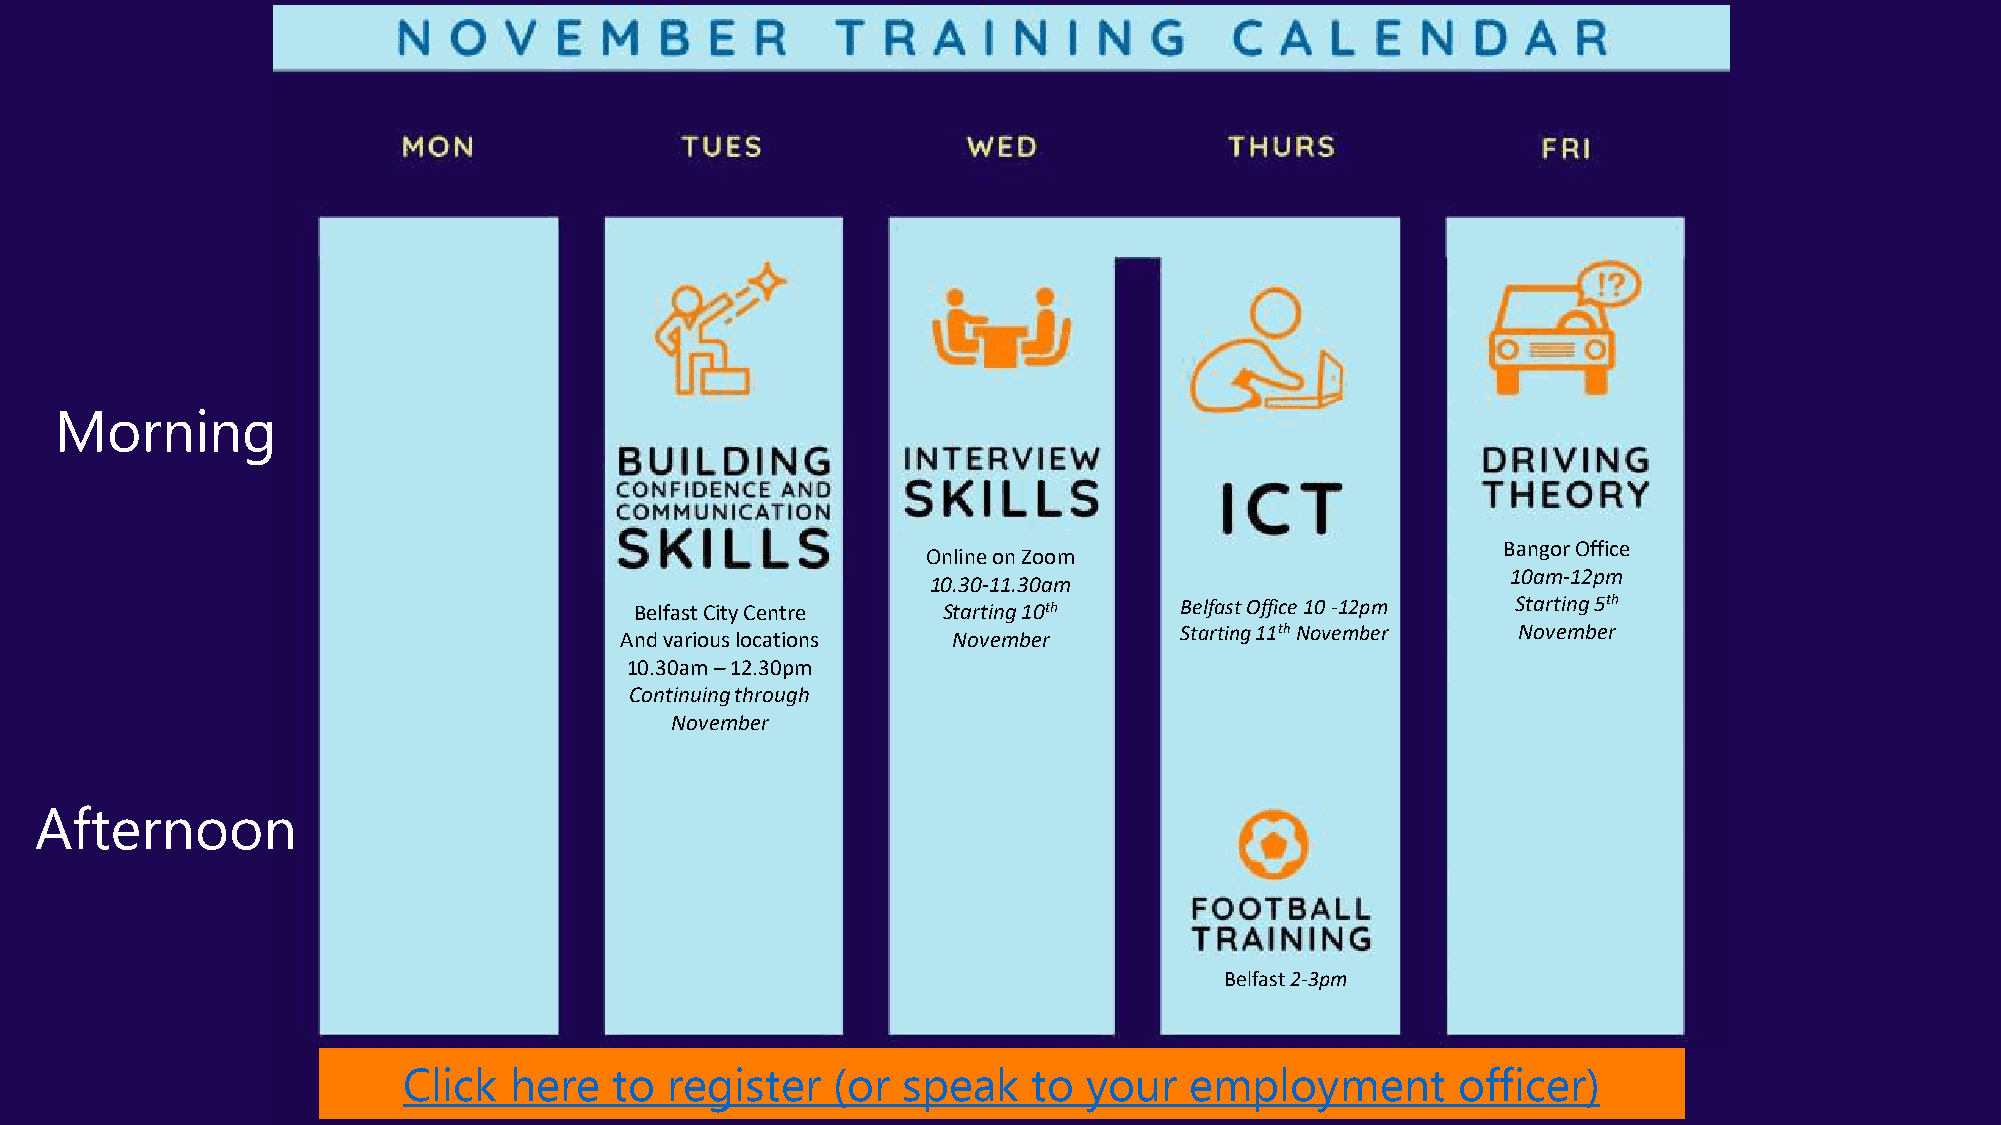
Morning
 Bangor Office
 Online on Zoom
 10am-12pm
 10.30-11.30am
 Belfast City Centre Starting 10th   Belfast Office 10 -12pm Starting 5th
 Starting 11thNovember November
 And various locations November
 10.30am –12.30pm
 Continuing through
 November
 Afternoon
 Belfast 2-3pm
 Click  here   to register   (or  speak   to  your   employment       officer)